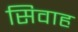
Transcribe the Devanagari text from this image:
सिवाह